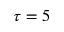
\tau = 5